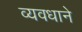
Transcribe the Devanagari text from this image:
व्यवधाने